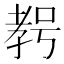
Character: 𱙾